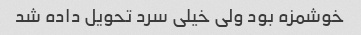
خوشمزه بود ولی خیلی سرد تحویل داده شد